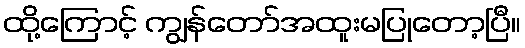
ထို့ကြောင့် ကျွန်တော်အထူးမပြုတော့ပြီ။